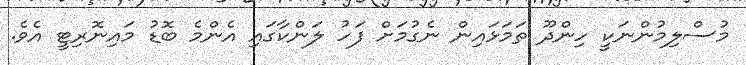
މުސްލިމުންނަކީ ހިންދޫ ތަމަޅައިން ނެގުމަށް ފަހު ލަންކާގައި އެންމެ ބޮޑު މައިނޮރިޓީ އެވެ.